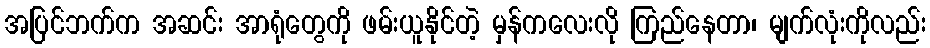
အပြင်ဘက်က အဆင်း အာရုံတွေကို ဖမ်းယူနိုင်တဲ့ မှန်ကလေးလို ကြည်နေတာ၊ မျက်လုံးကိုလည်း